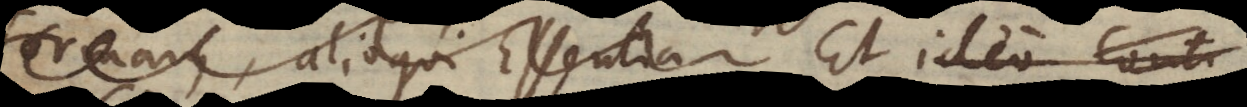
ormam, alioqui Essentia Et ideo conti